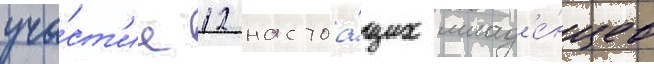
уча́ст'ие 12 настоа́щих млад'е́нцев